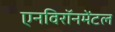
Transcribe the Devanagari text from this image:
एनविरॉनमेंटल